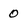
Character: 0